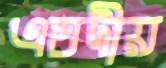
এতদীয়